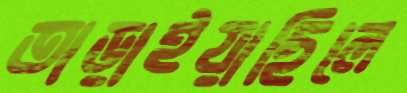
তাড়াইয়াছিলে